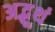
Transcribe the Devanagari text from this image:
अद्भूथं